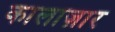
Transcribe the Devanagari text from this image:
कालाज़ार